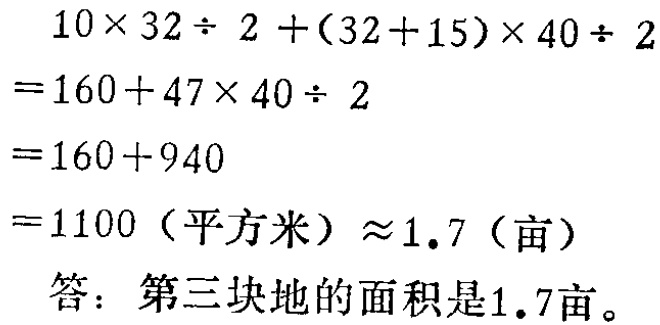
\[

\begin{align*}

&10\times32\div2+(32 + 15)\times40\div2\\

=&160 + 47\times40\div2\\

=&160+940\\

=&1100（\text{平方米}）\approx1.7（\text{亩}）

\end{align*}

\]

答：第三块地的面积是1.7亩。